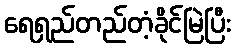
ရေရှည်တည်တံ့ခိုင်မြဲပြီး